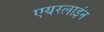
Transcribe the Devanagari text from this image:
एयरलाइंन